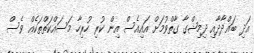
އަދި ބަޣްދާދާއި ދިމިޝްގާ ގާތްވުމަށް އައިއެސް އިން ކުރި ހުރިހާ މަސައްކަތްތަކެއް ވެސް